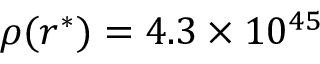
\rho ( r ^ { * } ) = 4 . 3 \times 1 0 ^ { 4 5 }